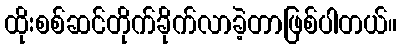
ထိုးစစ်ဆင်တိုက်ခိုက်လာခဲ့တာဖြစ်ပါတယ်။